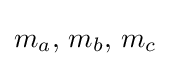
m_{a},\,m_{b},\,m_{c}